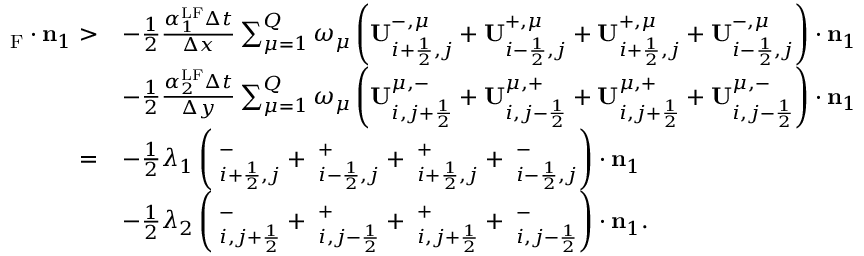
\begin{array} { r l } { { \bf \Pi } _ { \mathrm { { { F } } } } \cdot \mathbf { n } _ { 1 } > } & { - \frac { 1 } { 2 } \frac { \alpha _ { 1 } ^ { \mathrm { L F } } \Delta t } { \Delta x } \sum _ { \mu = 1 } ^ { Q } \omega _ { \mu } \left( \mathbf { U } _ { i + \frac { 1 } { 2 } , j } ^ { - , \mu } + \mathbf { U } _ { i - \frac { 1 } { 2 } , j } ^ { + , \mu } + \mathbf { U } _ { i + \frac { 1 } { 2 } , j } ^ { + , \mu } + \mathbf { U } _ { i - \frac { 1 } { 2 } , j } ^ { - , \mu } \right) \cdot \mathbf { n } _ { 1 } } \\ & { - \frac { 1 } { 2 } \frac { \alpha _ { 2 } ^ { \mathrm { { L F } } } \Delta t } { \Delta y } \sum _ { \mu = 1 } ^ { Q } \omega _ { \mu } \left( \mathbf { U } _ { i , j + \frac { 1 } { 2 } } ^ { \mu , - } + \mathbf { U } _ { i , j - \frac { 1 } { 2 } } ^ { \mu , + } + \mathbf { U } _ { i , j + \frac { 1 } { 2 } } ^ { \mu , + } + \mathbf { U } _ { i , j - \frac { 1 } { 2 } } ^ { \mu , - } \right) \cdot \mathbf { n } _ { 1 } } \\ { = } & { - \frac { 1 } { 2 } \lambda _ { 1 } \left( { \bf \Pi } _ { i + \frac { 1 } { 2 } , j } ^ { - } + { \bf \Pi } _ { i - \frac { 1 } { 2 } , j } ^ { + } + { \bf \Pi } _ { i + \frac { 1 } { 2 } , j } ^ { + } + { \bf \Pi } _ { i - \frac { 1 } { 2 } , j } ^ { - } \right) \cdot \mathbf { n } _ { 1 } } \\ & { - \frac { 1 } { 2 } \lambda _ { 2 } \left( { \bf \Pi } _ { i , j + \frac { 1 } { 2 } } ^ { - } + { \bf \Pi } _ { i , j - \frac { 1 } { 2 } } ^ { + } + { \bf \Pi } _ { i , j + \frac { 1 } { 2 } } ^ { + } + { \bf \Pi } _ { i , j - \frac { 1 } { 2 } } ^ { - } \right) \cdot \mathbf { n } _ { 1 } . } \end{array}